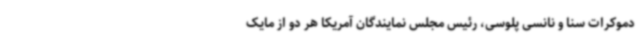
دموکرات سنا و نانسی پلوسی، رئیس مجلس نمایندگان آمریکا هر دو از مایک